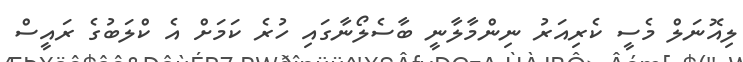
ލިއޮނަލް މެސީ ކެރިއަރު ނިންމާލާނީ ބާސެލޯނާގައި ހުރެ ކަމަށް އެ ކްލަބުގެ ރައީސް